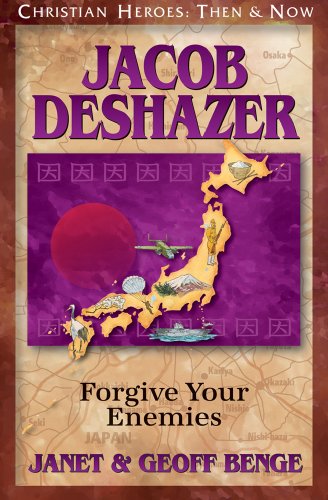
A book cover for Jacob DeShazer: Forgive Your Enemies (Christian Heroes : Then & Now); Janet Benge; Children's Books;